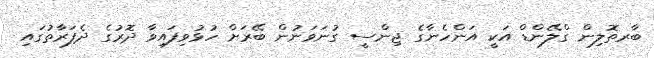
ބާރތޮލިން ގްލޭންޑް އަކީ އަންހެނާގެ ޖިންސީ ގުނަވަނުން ބޭރަށް ހުޅުވިފައިވާ ދޮރުގެ ދެފަރާތުގައި